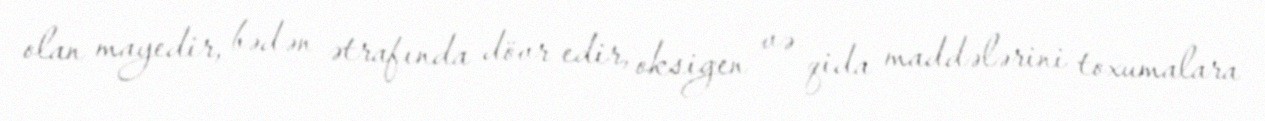
olan mayedir, bədən ətrafında dövr edir, oksigen və qida maddələrini toxumalara